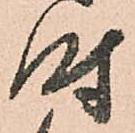
時